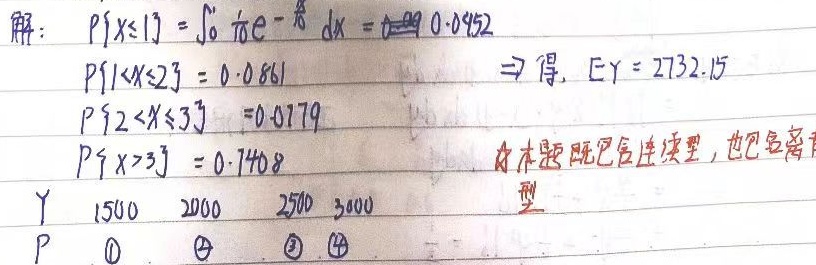
解：
\(P\{X\leq 1\}=\int_{0}^{1}\frac{1}{6}e^{-\frac{x}{6}}dx=\underline{0.0452}\)
\(P\{1 < X\leq 2\}=0.0861\) ，\(\Rightarrow\) 得，\(EY = 2732.15\)
\(P\{2 < X\leq 3\}=0.0779\)
\(P\{X > 3\}=0.7408\)

\(Y\)：\(1500\quad2000\quad2500\quad3000\)
\(P\)：\(\textcircled{1}\quad\textcircled{2}\quad\textcircled{3}\quad\textcircled{4}\)

本题既包含连续型，也包含离散型